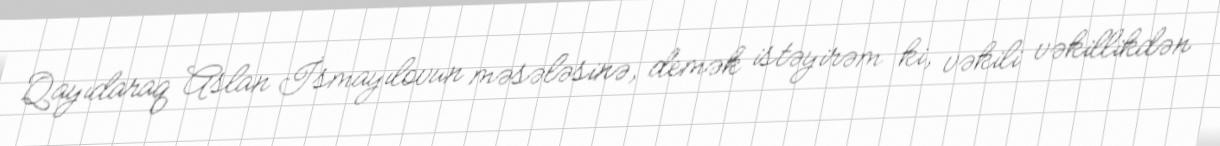
Qayıdaraq Aslan İsmayılovun məsələsinə, demək istəyirəm ki, vəkili vəkillikdən